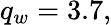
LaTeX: q_{w}=3.7,